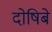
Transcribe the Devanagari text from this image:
दोषिबे